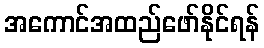
အကောင်အထည်ဖော်နိုင်ရန်